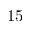
1 5